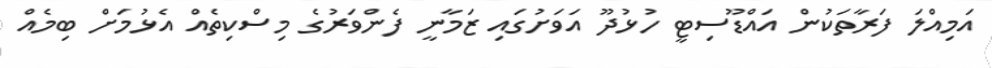
އަމިއްލަ ފަރާތަކުން އައްޑޫސިޓީ ހުޅުދޫ އަވަށުގައި ޒަމާނީ ފެންވަރުގެ މިސްކިތެއް އެޅުމަށް ބިމެއް